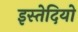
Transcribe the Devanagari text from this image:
इस्तेदियो